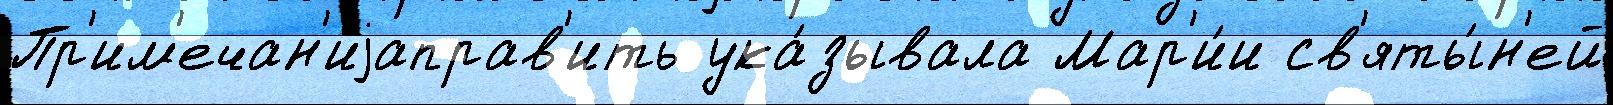
Пр'им'ечан'иjаправ'ить ука́зывала Мар'и́и св'яты́н'ей